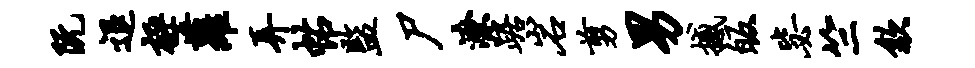
阮退极萝弄帖监尸潦踞岩剪男撼皈毖竺歙